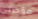
مؤخرتي